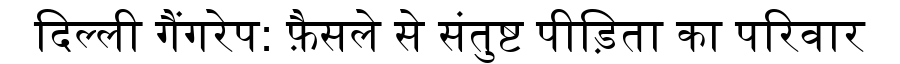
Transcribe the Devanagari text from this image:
दिल्ली गैंगरेप: फ़ैसले से संतुष्ट पीड़िता का परिवार